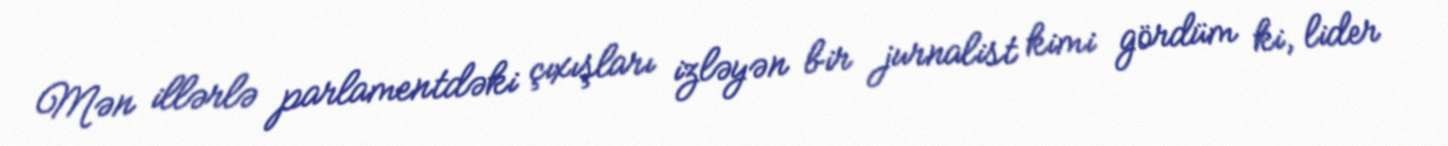
Mən illərlə parlamentdəki çıxışları izləyən bir jurnalist kimi gördüm ki, lider